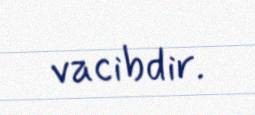
vacibdir.